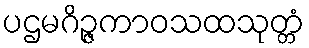
ပဌမဂိဉ္ဇကာဝသထသုတ္တံ